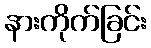
နားကိုက်ခြင်း